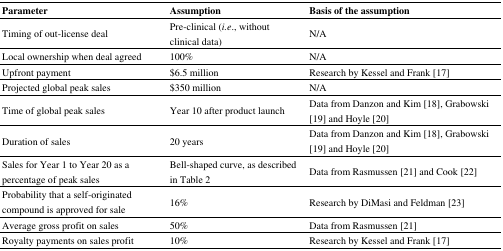
<table><thead><tr><td><b>Parameter</b></td><td><b>Assumption</b></td><td><b>Basis of the assumption</b></td></tr></thead><tbody><tr><td>Timing of out-license deal</td><td>Pre-clinical (<i>i.e</i>., without clinical data)</td><td>N/A</td></tr><tr><td>Local ownership when deal agreed</td><td>100%</td><td>N/A</td></tr><tr><td>Upfront payment</td><td>$6.5 million</td><td>Research by Kessel and Frank [17]</td></tr><tr><td>Projected global peak sales</td><td>$350 million</td><td>N/A</td></tr><tr><td>Time of global peak sales</td><td>Year 10 after product launch</td><td>Data from Danzon and Kim [18], Grabowski [19] and Hoyle [20]</td></tr><tr><td>Duration of sales</td><td>20 years</td><td>Data from Danzon and Kim [18], Grabowski [19] and Hoyle [20]</td></tr><tr><td>Sales for Year 1 to Year 20 as a percentage of peak sales</td><td>Bell-shaped curve, as described in Table 2</td><td>Data from Rasmussen [21] and Cook [22]</td></tr><tr><td>Probability that a self-originated compound is approved for sale</td><td>16%</td><td>Research by DiMasi and Feldman [23]</td></tr><tr><td>Average gross profit on sales</td><td>50%</td><td>Data from Rasmussen [21]</td></tr><tr><td>Royalty payments on sales profit</td><td>10%</td><td>Research by Kessel and Frank [17]</td></tr></tbody></table>